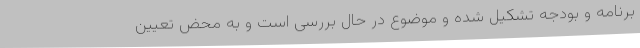
برنامه و بودجه تشکیل شده و موضوع در حال بررسی است و به محض تعیین